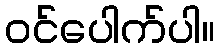
ဝင်ပေါက်ပါ။